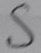
Text: S